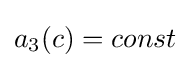
a_{3}(c)=const